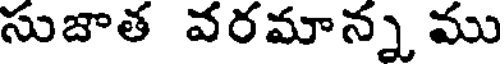
సుజాత వరమాన్న ము